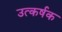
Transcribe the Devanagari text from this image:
उत्कर्षक